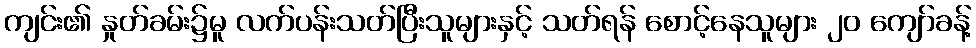
ကျင်း၏ နှုတ်ခမ်း၌မူ လက်ပန်းသတ်ပြီးသူများနှင့် သတ်ရန် စောင့်နေသူများ ၂၀ ကျော်ခန့်